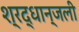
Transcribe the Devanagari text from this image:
श्रद्धान्जली